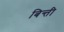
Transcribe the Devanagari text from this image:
बिन्ती